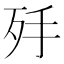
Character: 𣧙